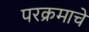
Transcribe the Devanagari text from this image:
परक्रमाचे